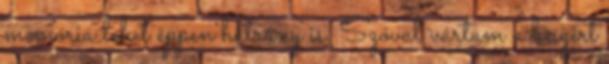
memória lehet éppen hátrány is. Szóval vártam a beígért